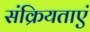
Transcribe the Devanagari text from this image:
संक्रियताएं